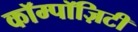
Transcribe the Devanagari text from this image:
कॉम्पॉज़िटी